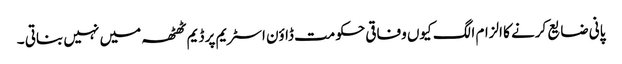
پانی ضایع کرنے کا الزام الگ کیوں وفاقی حکومت ڈاؤن اسٹریم پر ڈیم ٹھٹھہ میں نہیں بناتی ۔